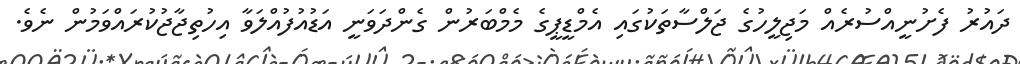
ދައުރު ފެށުނީއްސުރެއް މަޖިލީހުގެ ޖަލްސާތަކުގައި އެމްޑީޕީގެ މެމްބަރުން ގެންދަވަނީ އަޑުއުފުއްލަވާ އިހުތިޖާޖުކުރައްވަމުން ނެވެ.